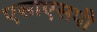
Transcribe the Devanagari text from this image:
एसाएसपी